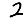
Digit: 2